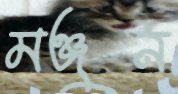
মঞ্জুন